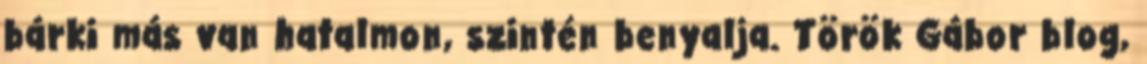
bárki más van hatalmon, szintén benyalja. Török Gábor blog,